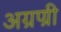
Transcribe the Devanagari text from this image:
अग्रण्री